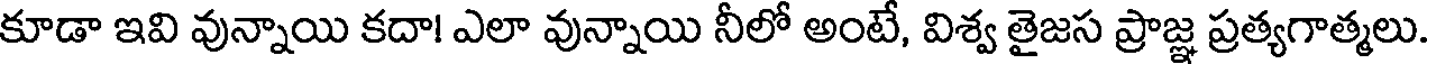
కూడా ఇవి వున్నాయి కదా! ఎలా వున్నాయి నీలో అంటే, విశ్వ తైజస ప్రాజ్ఞ ప్రత్యగాత్మలు.